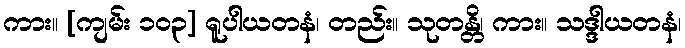
ကား။ [ကျမ်း ၁၀၃] ရူပါယတနံ၊ တည်း။ သုတန္တိ၊ ကား။ သဒ္ဒါယတနံ၊